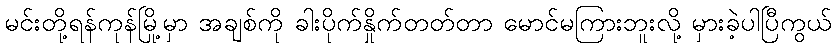
မင်းတို့ရန်ကုန်မြို့မှာ အချစ်ကို ခါးပိုက်နှိုက်တတ်တာ မောင်မကြားဘူးလို့ မှားခဲ့ပါပြီကွယ်